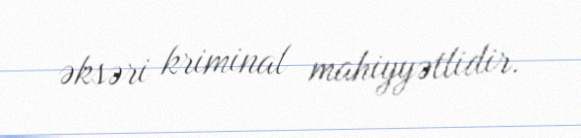
əksəri kriminal mahiyyətlidir.